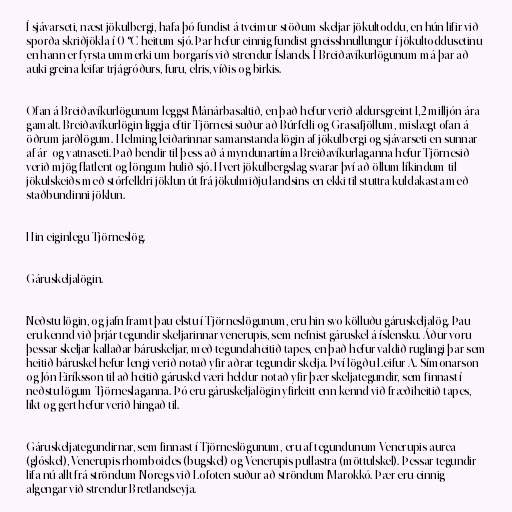
Í sjávarseti, næst jökulbergi, hafa þó fundist á tveimur stöðum skeljar jökultoddu, en hún lifir við
sporða skriðjökla í 0 °C heitum sjó. Þar hefur einnig fundist gneisshnullungur í jökultoddusetinu
en hann er fyrsta ummerki um borgarís við strendur Íslands. Í Breiðavíkurlögunum má þar að
auki greina leifar trjágróðurs, furu, elris, víðis og birkis.

Ofan á Breiðavíkurlögunum leggst Mánárbasaltið, en það hefur verið aldursgreint 1,2 milljón ára
gamalt. Breiðavíkurlögin liggja eftir Tjörnesi suður að Búrfelli og Grasafjöllum, mislægt ofan á
öðrum jarðlögum. Helming leiðarinnar samanstanda lögin af jökulbergi og sjávarseti en sunnar
af ár- og vatnaseti. Það bendir til þess að á myndunartíma Breiðavíkurlaganna hefur Tjörnesið
verið mjög flatlent og löngum hulið sjó. Hvert jökulbergslag svarar því að öllum líkindum til
jökulskeiðs með stórfelldri jöklun út frá jökulmiðju landsins en ekki til stuttra kuldakasta með
staðbundinni jöklun.

Hin eiginlegu Tjörneslög.

Gáruskeljalögin.

Neðstu lögin, og jafn framt þau elstu í Tjörneslögunum, eru hin svo kölluðu gáruskeljalög. Þau
eru kennd við þrjár tegundir skeljarinnar venerupis, sem nefnist gáruskel á íslensku. Áður voru
þessar skeljar kallaðar báruskeljar, með tegundaheitið tapes, en það hefur valdið ruglingi þar sem
heitið báruskel hefur lengi verið notað yfir aðrar tegundir skelja. Því lögðu Leifur A. Símonarson
og Jón Eiríksson til að heitið gáruskel væri heldur notað yfir þær skeljategundir, sem finnast í
neðstu lögum Tjörneslaganna. Þó eru gáruskeljalögin yfirleitt enn kennd við fræðiheitið tapes,
líkt og gert hefur verið hingað til.

Gáruskeljategundirnar, sem finnast í Tjörneslögunum, eru af tegundunum Venerupis aurea
(glóskel), Venerupis rhomboides (bugskel) og Venerupis pullastra (möttulskel). Þessar tegundir
lifa nú allt frá ströndum Noregs við Lofoten suður að ströndum Marokkó. Þær eru einnig
algengar við strendur Bretlandseyja.